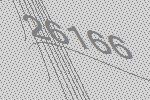
26166